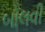
બોલવી